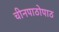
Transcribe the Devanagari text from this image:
चीनपाठोपाठ